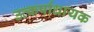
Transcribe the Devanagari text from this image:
उत्कर्षाधायक